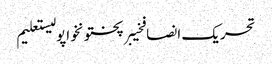
تحریک انصافخیبرپختونخواپولیستعلیم